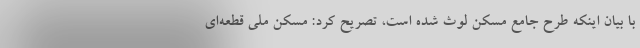
با بیان اینکه طرح جامع مسکن لوث شده است، تصریح کرد: مسکن ملی قطعه‌ای